Source: Handwritten
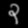
Digit: ၃ (3)